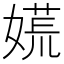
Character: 𡡄